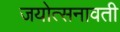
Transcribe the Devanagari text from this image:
जयोत्सनावती